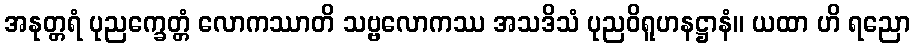
အနုတ္တရံ ပုညက္ခေတ္တံ လောကဿာတိ သဗ္ဗလောကဿ အသဒိသံ ပုညဝိရူဟနဋ္ဌာနံ။ ယထာ ဟိ ရညော